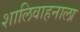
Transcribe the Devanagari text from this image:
शालिवाहनाला